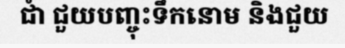
ជាំ ជួយបញ្ចុះទឹកនោម និងជួយ